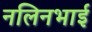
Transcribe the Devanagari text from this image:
नलिनभाई